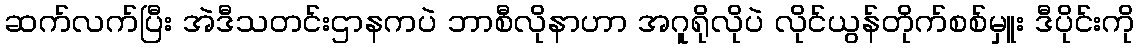
ဆက်လက်ပြီး အဲဒီသတင်းဌာနကပဲ ဘာစီလိုနာဟာ အဂူရိုလိုပဲ လိုင်ယွန်တိုက်စစ်မှူး ဒီပိုင်းကို